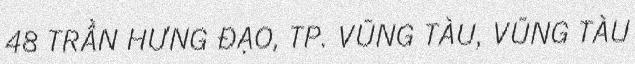
48 TRẦN HƯNG ĐẠO, TP. VŨNG TÀU, VŨNG TÀU